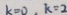
k = 0 . k = 2